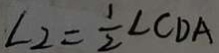
\angle 2 = \frac { 1 } { 2 } \angle C D A